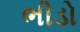
ભીડો